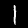
Digit: 1